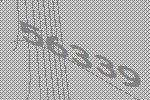
56339